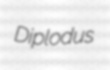
Diplodus